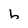
Character: b